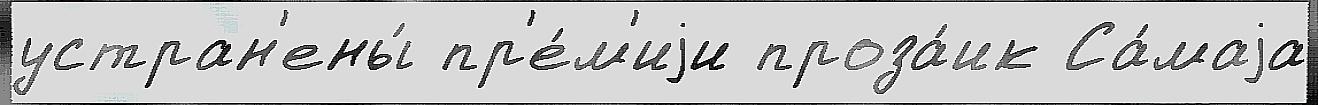
устран'ены́ пр'е́м'иjи проза́ик Са́маjа